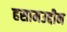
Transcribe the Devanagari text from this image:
हसामउद्दीन